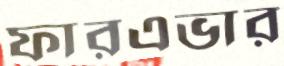
ফারএভার